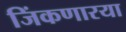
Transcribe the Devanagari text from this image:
जिंकणारया